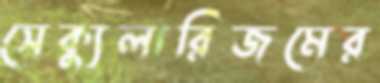
সেক্যুলারিজমের